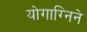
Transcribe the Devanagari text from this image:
योगाग्निने